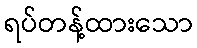
ရပ်တန့်ထားသော